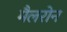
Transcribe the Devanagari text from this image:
मैलरोन